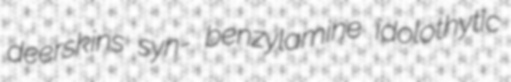
deerskins syn- benzylamine idolothytic